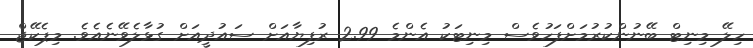
ހިލޭ މިނިޓް ބޭނުންކުރުމަށްފަހުވެސް މިނިޓަކު އެންމެ 2.99 ރުފިޔާއަށް ސައުދީއަށް ގުޅާލެވޭނެއެވެ. މިޕެކޭޖް